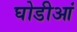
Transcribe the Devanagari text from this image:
घोडीआं